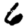
Digit: 6